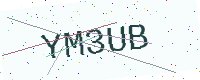
Text: YM3UB